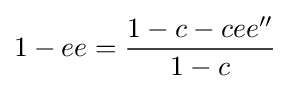
1-ee={\frac {1-c-cee''}{1-c}}